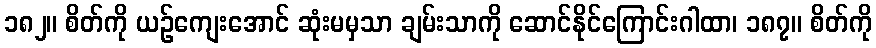
၁၈၂။ စိတ်ကို ယဉ်ကျေးအောင် ဆုံးမမှသာ ချမ်းသာကို ဆောင်နိုင်ကြောင်းဂါထာ၊ ၁၈၇။ စိတ်ကို